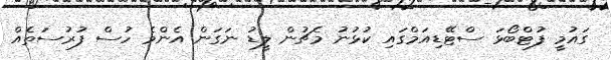
ގައުމީ ފުޓްބޯޅަ ސްޓޭޑިއަމްގައި ކުޅުނު މެޗުން ލީޑު ނަގަން އެންމެ ހުސް ފުރުސަތެއް